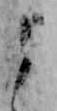
よ